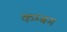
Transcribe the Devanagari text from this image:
कम्बम